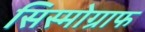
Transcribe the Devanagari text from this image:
सिस्मोग्राफ